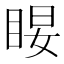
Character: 𰥤